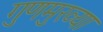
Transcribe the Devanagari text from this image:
गुणमुख्या